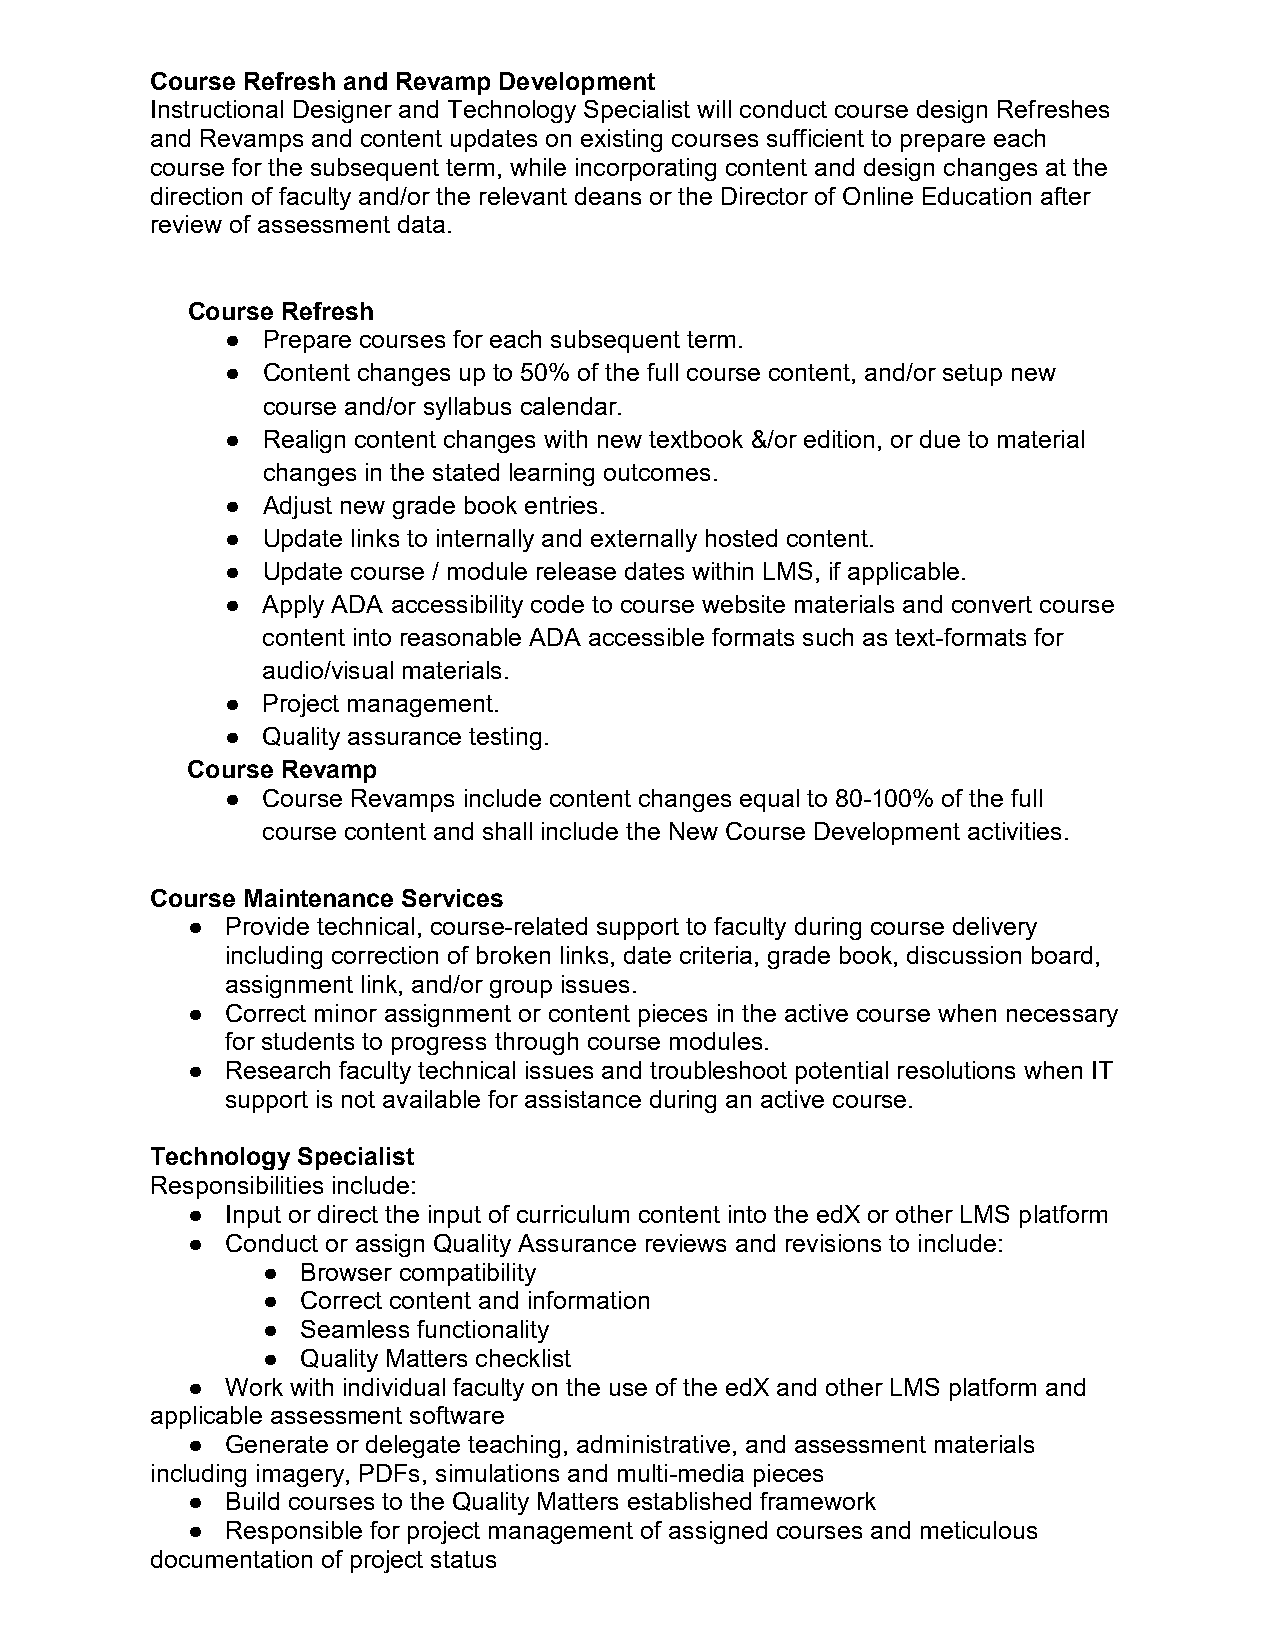
Course Refresh and Revamp Development
 Instructional Designer and Technology Specialist will conduct course design Refreshes
 and Revamps and content updates on existing courses sufficient to prepare each
 course for the subsequent term, while incorporating content and design changes at the
 direction of faculty and/or the relevant deans or the Director of Online Education after
 review of assessment data.
 Course Refresh
 ● Prepare courses for each subsequent term.
 ● Content changes up to 50% of the full course content, and/or setup new
 course and/or syllabus calendar.
 ● Realign content changes with new textbook &/or edition, or due to material
 changes in the stated learning outcomes.
 ● Adjust new grade book entries.
 ● Update links to internally and externally hosted content.
 ● Update course / module release dates within LMS, if applicable.
 ● Apply ADA accessibility code to course website materials and convert course
 content into reasonable ADA accessible formats such as text-formats for
 audio/visual materials.
 ● Project management.
 ● Quality assurance testing.
 Course Revamp
 ● Course Revamps include content changes equal to 80-100% of the full
 course content and shall include the New Course Development activities.
 Course Maintenance Services
 ●  Provide technical, course-related support to faculty during course delivery
 including correction of broken links, date criteria, grade book, discussion board,
 assignment link, and/or group issues.
 ●  Correct minor assignment or content pieces in the active course when necessary
 for students to progress through course modules.
 ●  Research faculty technical issues and troubleshoot potential resolutions when IT
 support is not available for assistance during an active course.
 Technology Specialist
 Responsibilities include:
 ●  Input or direct the input of curriculum content into the edX or other LMS platform
 ●  Conduct or assign Quality Assurance reviews and revisions to include:
 ●  Browser compatibility
 ●  Correct content and information
 ●  Seamless functionality
 ●  Quality Matters checklist
 ●  Work with individual faculty on the use of the edX and other LMS platform and
 applicable assessment software
 ●  Generate or delegate teaching, administrative, and assessment materials
 including imagery, PDFs, simulations and multi-media pieces
 ●  Build courses to the Quality Matters established framework
 ●  Responsible for project management of assigned courses and meticulous
 documentation of project status